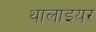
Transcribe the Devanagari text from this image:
थालाइयर